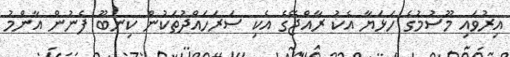
އިރުވައި މޫސުމުގެ ހަޅަޔާ އެކު ރާއްޖޭގެ އެކި ސަރަހައްދުތަކުން ކިނބޫ ފެނުން އާންމު